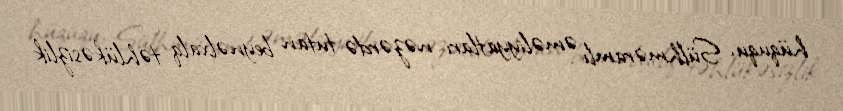
hüququ, Sülhməramlı əməliyyatları nəzərdə tutan beynəlxalq təhlükəsizlik